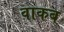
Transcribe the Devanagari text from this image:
वाकब